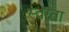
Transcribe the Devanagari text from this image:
स्वरता